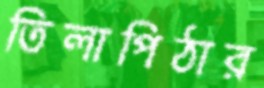
তিলাপিঠার